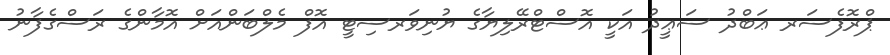
ޕްރޮފެސަރ ޢަބްދު ސަޢީދު އަކީ އޮސްޓްރޭލިޔާގެ ޔުނިވަރސިޓީ އޮފް މެލްބަންއަށް އޮމާންގެ ރަސްގެފާނު